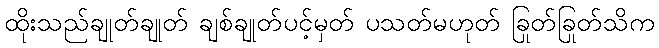
ထိုးသည်ချုတ်ချုတ် ချစ်ချုတ်ပင့်မှတ် ပသတ်မဟုတ် ခြုတ်ခြုတ်သိက